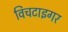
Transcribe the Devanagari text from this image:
विचटाइगर